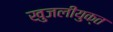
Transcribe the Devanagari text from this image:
खुजलीयुक्त